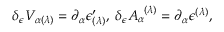
\delta _ { \epsilon } V _ { \alpha ( \lambda ) } = \partial _ { \alpha } \epsilon _ { ( \lambda ) } ^ { \prime } , \; \delta _ { \epsilon } A _ { \alpha } ^ { \; \; ( \lambda ) } = \partial _ { \alpha } \epsilon ^ { ( \lambda ) } ,